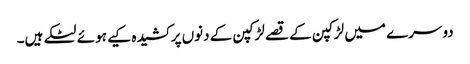
دوسرے میں لڑکپن کے قصے لڑکپن کے دنوں پر کشیدہ کیے ہوئے لٹکے ہیں۔